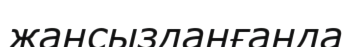
жансызданғанда